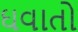
ઘવાતો